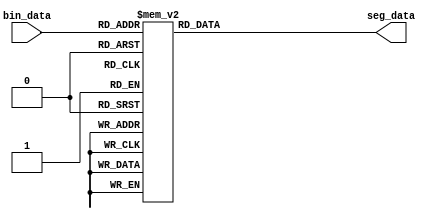
module seg_decoder(
input [3:0] bin_data,

output reg [6:0] seg_data
);

always@(*)
begin
	case(bin_data)
		4'd0 : seg_data <= 7'b100_0000;
		4'd1 : seg_data <= 7'b111_1001;
		4'd2 : seg_data <= 7'b010_0100;
		4'd3 : seg_data <= 7'b011_0000;
		4'd4 : seg_data <= 7'b001_1001;
		4'd5 : seg_data <= 7'b001_0010;
		4'd6 : seg_data <= 7'b000_0010;
		4'd7 : seg_data <= 7'b111_1000;
		4'd8 : seg_data <= 7'b000_0000;
		4'd9 : seg_data <= 7'b001_0000;
		default:seg_data <= 7'b111_1111;
	endcase
end
endmodule